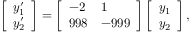
\left[ \begin{array} { l } { y _ { 1 } ^ { \prime } } \\ { y _ { 2 } ^ { \prime } } \end{array} \right] = \left[ \begin{array} { l l } { - 2 } & { 1 } \\ { 9 9 8 } & { - 9 9 9 } \end{array} \right] \left[ \begin{array} { l } { y _ { 1 } } \\ { y _ { 2 } } \end{array} \right] ,